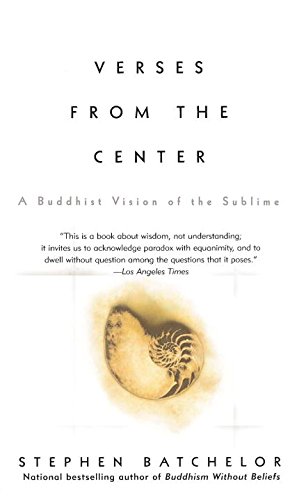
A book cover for Verses from the Center: A Buddhist Vision of the Sublime; Stephen Batchelor; Religion & Spirituality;